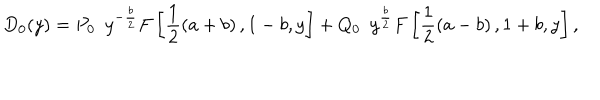
D _ { 0 } ( y ) = P _ { 0 } \, \, \, y ^ { - \frac { b } { 2 } } F \left[ \frac { 1 } { 2 } \left( a + b \right) , 1 - b , y \right] + Q _ { 0 } \, \, \, y ^ { \frac { b } { 2 } } F \left[ \frac { 1 } { 2 } \left( a - b \right) , 1 + b , y \right] ,